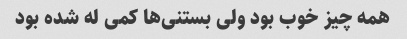
همه چیز خوب بود ولی بستنی‌ها کمی له شده بود